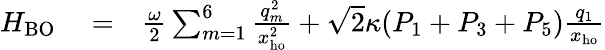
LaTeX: \begin{array}{rlr}{H_{\mathrm{BO}}}&{{}=}&{\frac{\omega}{2}\sum_{m=1}^{6}\frac{q_{m}^{2}}{x_{\mathrm{ho}}^{2}}+\sqrt{2}\kappa(P_{1}+P_{3}+P_{5})\frac{q_{1}}{x_{\mathrm{ho}}}}\end{array}